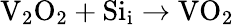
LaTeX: \mathrm{V}_{2}\mathrm{O}_{2}+\mathrm{Si}_{\mathrm{i}}\to\mathrm{VO}_{2}